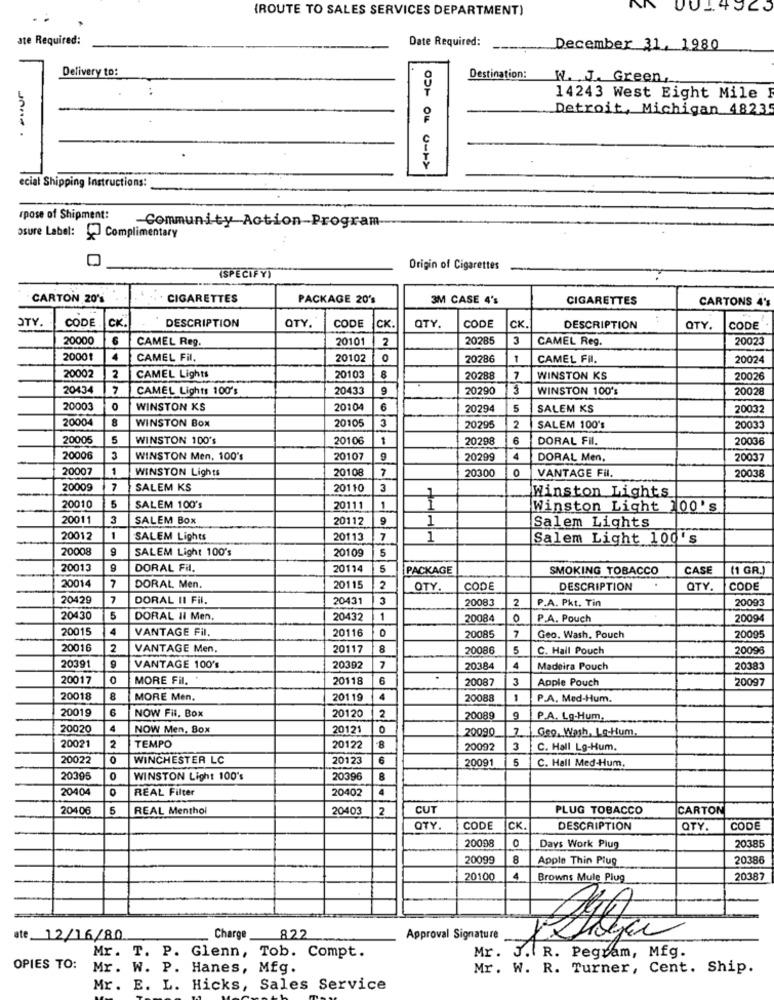
{ROUTE TO SALES SERVICES DEPARTMENT)
ate Required:
Date Required:
December 31, 1980
Delivery to:
Destination:
W. J. Green,
14243 West Eight Mile
Detroit, Michigan 4823
ecial Shipping Instructions:
rpose of Shipment:
-Community-Action-Program-
osure Label: ( Complimentary
Origin of Cigarettes
(SPECIFY)
CARTON 20's
. . CIGARETTES
PACKAGE 20'
3M CASE 4's
CIGARETTES
CARTONS 4'
CK
DESCRIPTION
CODE
...
OTY.
CODE
OTY.
CODE
CK.
QTY
CK.
DESCRIPTION
QTY.
CODE
20000
6
CAMEL Reg.
20101
2
20285
3
CAMEL Reg.
20023
20001
4
CAMEL Fil.
20102
0
20286
1
CAMEL Fil.
20024
2
20002
CAMEL Lights
20103
8
20288
7
WINSTON KS
20026
20434
7
CAMEL Lights 100's
20433
20290
3
WINSTON 100's
20028
20003
WINSTON KS
20104
6
20294
5
SALEM KS
20032
20004
3
WINSTON BOX
20105
20295
2
SALEM 100's
20033
20006
5
WINSTON 100's
20106
1
20298
6
DORAL FII.
20036
20006
3
WINSTON Men, 100's
20107
20299
4
DORAL Men.
20037
20007
1
WINSTON Lights
20108
7
20300
VANTAGE Fil.
20038
20009
7
SALEM KS
20110
3
Winston Lights
20010
5
SALEM 100's
20111
1
Winston Light 100's
20011
3
SALEM Box
20112
Salem Lights
20012
1
SALEM Lights
20113
7
1
Salem Light 100's
20008
9
SALEM Light 100's
5
20109
20013
DORAL Fil.
20114
5
PACKAGE
SMOKING TOBACCO
CASE
(1 GR.)
7
20014
DORAL Men.
20115
2
OTY.
CODE
DESCRIPTION
QTY
CODE
20429
7
DORAL II Fil.
20431
3
20083
2
P.A. Pkt. Tin
20093
20430
5
DORAL Il Men,
20432
1
20084
P.A. Pouch
20094
20015
4
VANTAGE Fil.
20116
7
20085
Geo. Wash, Pouch
20095
20016
2
VANTAGE Men.
20117
8
20086
5
C. Hall Pouch
20095
20391
VANTAGE 100's
20392
7
20384
4
Madeira Pouch
20383
20017
MORE Fil. *
20118
6
20087
3
Apple Pouch
20097
20018
MORE Men.
20119
4
20088
1
P.A. Med-Hum.
20019
2
NOW Fil. Box
20120
20089
P.A. Lg.Hum,
20020
NOW Men, Box
20121
0
20090
7. 1.Geo. Wash, Lo-Hum.
20021
TEMPO
2
20122
8
20092
3
C. Hall Lg-Hum.
20022
0
WINCHESTER LC
20123
6
5
C. Hall Med-Hum.
20091
20395
WINSTON Light 100's
20396
B
20404
0
REAL Filter
20402
4
20406
5
REAL Menthol
20403
2
CUT
PLUG TOBACCO
CARTON
OTY.
CODE
CK
DESCRIPTION
QTY
CODE
0
20385
20098
Days Work Plug
20099
8
Apple Thin Plug
20386
20100
4
Browns Mule Plug
20387
ate 12/16/80.
Charge
822
Approval Signature
Mr. J. R. Pegram, Mfg.
Mr. T. P. Glenn, Tob. Compt.
OPIES TO:
Mr. W. P. Hanes, Mfg.
Mr. W. R. Turner, Cent. Ship.
Mr. E. L. Hicks, Sales Service